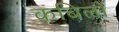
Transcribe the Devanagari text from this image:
कबिलों